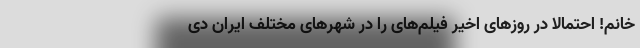
خانم! احتمالا در روزهای اخیر فیلم‌های را در شهرهای مختلف ایران دی